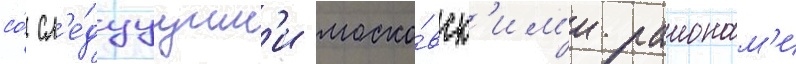
со́ сл'е́дуущим'и моско́вск'им'и раионам'и